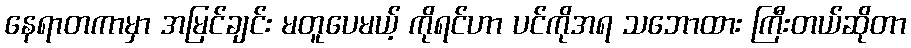
နေရာတကာမှာ အမြင်ချင်း မတူပေမယ့် ကိုရင်ဟာ ပင်ကိုအရ သဘောထား ကြီးတယ်ဆိုတာ